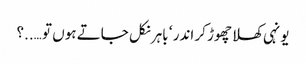
یونہی کھلا چھوڑ کر اندر ‘ باہر نکل جاتے ہوں تو …..؟